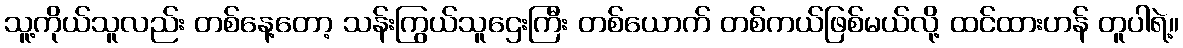
သူ့ကိုယ်သူလည်း တစ်နေ့တော့ သန်းကြွယ်သူဌေးကြီး တစ်ယောက် တစ်ကယ်ဖြစ်မယ်လို့ ထင်ထားဟန် တူပါရဲ့။